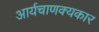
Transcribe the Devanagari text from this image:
आर्यचाणक्यकार